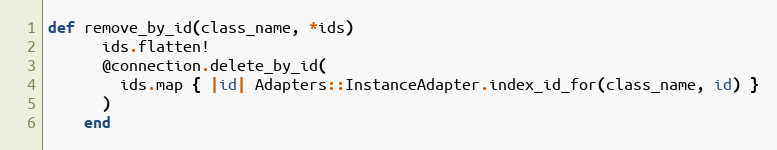
Language: Ruby
def remove_by_id(class_name, *ids)
      ids.flatten!
      @connection.delete_by_id(
        ids.map { |id| Adapters::InstanceAdapter.index_id_for(class_name, id) }
      )
    end